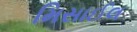
મિસાઈલ